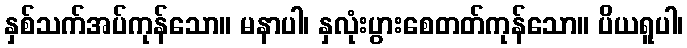
နှစ်သက်အပ်ကုန်သော။ မနာပါ၊ နှလုံးပွားစေတတ်ကုန်သော။ ပိယရူပါ၊